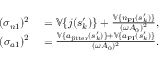
\begin{array} { r l } { ( \sigma _ { n 1 } ) ^ { 2 } } & { { } = \mathbb { V } \{ j ( s _ { k } ^ { \prime } ) \} + \frac { \mathbb { V } \{ n _ { \mathrm { P I } } ( s _ { k } ^ { \prime } ) \} } { ( \omega A _ { 0 } ) ^ { 2 } } , } \\ { ( \sigma _ { a 1 } ) ^ { 2 } } & { { } = \frac { \mathbb { V } \{ a _ { \mathrm { j i t t e r } } ( s _ { k } ^ { \prime } ) \} + \mathbb { V } \{ a _ { \mathrm { P I } } ( s _ { k } ^ { \prime } ) \} } { ( \omega A _ { 0 } ) ^ { 2 } } . } \end{array}